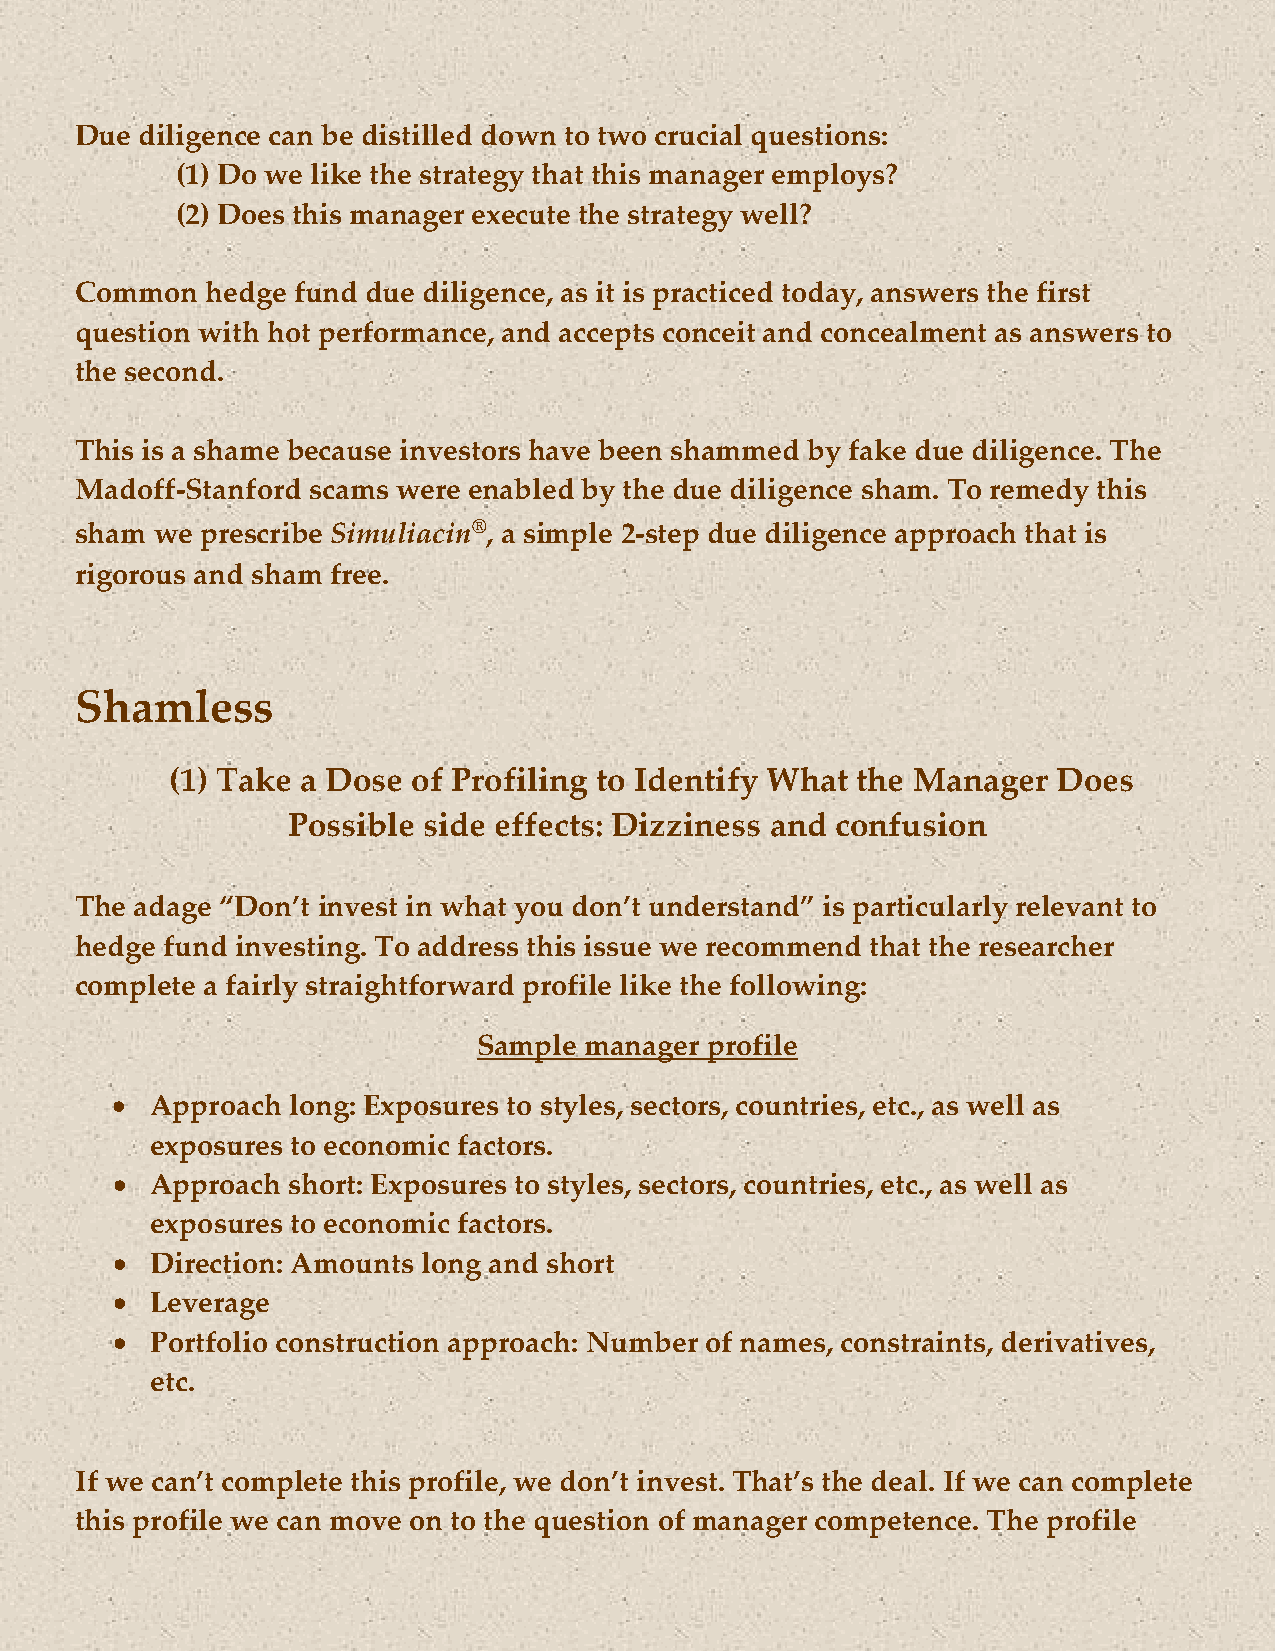
Due diligence can be distilled down to two crucial questions:
 (1) Do we like the strategy that this manager employs?
 (2) Does this manager execute the strategy well?
 Common   hedge fund due diligence, as it is practiced today, answers the first
 question with hot performance, and accepts conceit and concealment as answers to
 the second.
 This is a shame because investors have been shammed by fake due diligence. The
 Madoff-Stanford scams were enabled by the due diligence sham. To remedy this
 sham we prescribe Simuliacin®, a simple 2-step due diligence approach that is
 rigorous and sham free.
 Shamless
 (1) Take a Dose of Profiling to Identify What the Manager  Does
 Possible side effects: Dizziness and confusion
 The adage “Don’t invest in what you don’t understand” is particularly relevant to
 hedge fund investing. To address this issue we recommend that the researcher
 complete a fairly straightforward profile like the following:
 Sample manager profile
 •  Approach long: Exposures to styles, sectors, countries, etc., as well as
 exposures to economic factors.
 •  Approach short: Exposures to styles, sectors, countries, etc., as well as
 exposures to economic factors.
 •  Direction: Amounts long and short
 •  Leverage
 •  Portfolio construction approach: Number of names, constraints, derivatives,
 etc.
 If we can’t complete this profile, we don’t invest. That’s the deal. If we can complete
 this profile we can move on to the question of manager competence. The profile